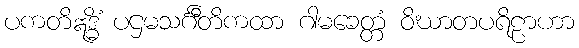
ပကတိဣဒ္ဓိံ ပဌမသင်္ဂီတိကထာ ဂါမခေတ္တံ ဝိဃာတပရိဠာဟာ